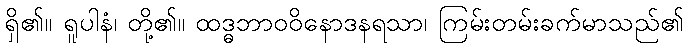
ရှိ၏။ ရူပါနံ၊ တို့၏။ ထဒ္ဓဘာဝဝိနောဒနရသာ၊ ကြမ်းတမ်းခက်မာသည်၏